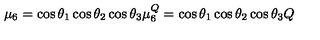
\mu _ { 6 } = \cos \theta _ { 1 } \cos \theta _ { 2 } \cos \theta _ { 3 } \mu \sp Q _ { 6 } = \cos \theta _ { 1 } \cos \theta _ { 2 } \cos \theta _ { 3 } Q